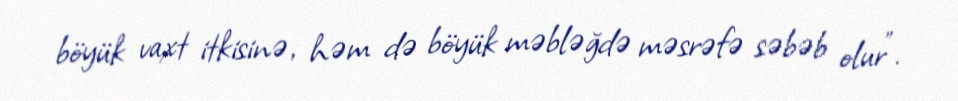
böyük vaxt itkisinə, həm də böyük məbləğdə məsrəfə səbəb olur".